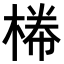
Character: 𣕂